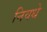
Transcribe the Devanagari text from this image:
निवधे